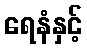
ရေနံနှင့်